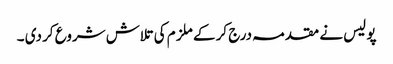
پو لیس نے مقد مہ درج کر کے ملز م کی تلاش شروع کر دی ۔